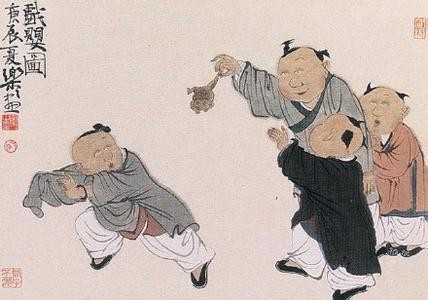
稚子金盆脱晓冰，彩丝穿取当银铮。